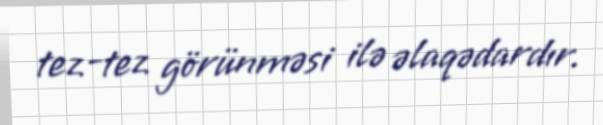
tez-tez görünməsi ilə əlaqədardır.